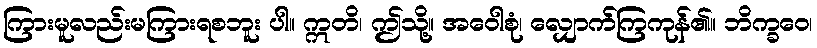
ကြားမူလည်းမကြားရစဘူး ပါ။ ဣတိ၊ ဤသို့။ အဝေါစုံ၊ လျှောက်ကြကုန်၏။ ဘိက္ခဝေ၊